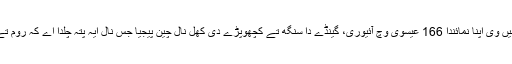
روم دے بادشاہ مارکس انٹونینس نیں وی اپنا نمائندا 166 عیسوی وچ آئیوری، گینڈے دا سنگھ تے کچھوپڑے دی کھل نال چین پیجیا جس نال ایہ پتہ چلدا اے کہ روم تے چین دا آپس چ سفارتی تعلق سی۔